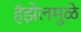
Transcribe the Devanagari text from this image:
हॅझेलमुळे